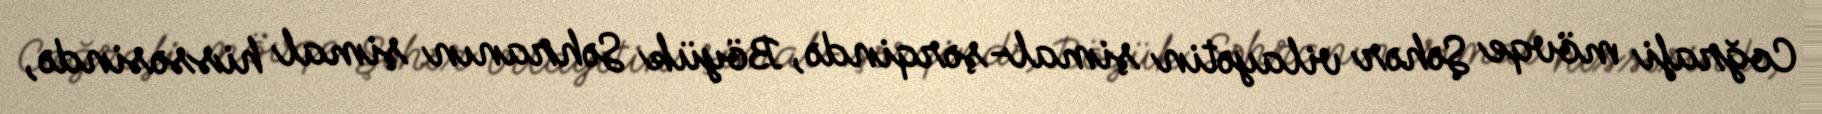
Coğrafi mövqe Şəhər vilayətin şimal-şərqində, Böyük Səhranın şimal hissəsində,